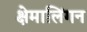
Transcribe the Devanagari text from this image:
क्षेमालिंगन